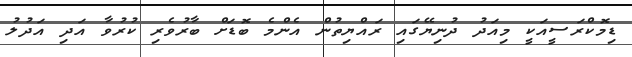
ޑިމޮކްރަސީއަކީ މިއަދު ދުނިޔޭގައި ރައްޔިތުން އެންމެ ބޮޑަށް ބާރުވެރި ކުރުވާ އަދި އަދުލު